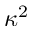
\kappa ^ { 2 }